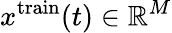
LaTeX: x^{\mathrm{train}}(t)\in\mathbb{R}^{M}